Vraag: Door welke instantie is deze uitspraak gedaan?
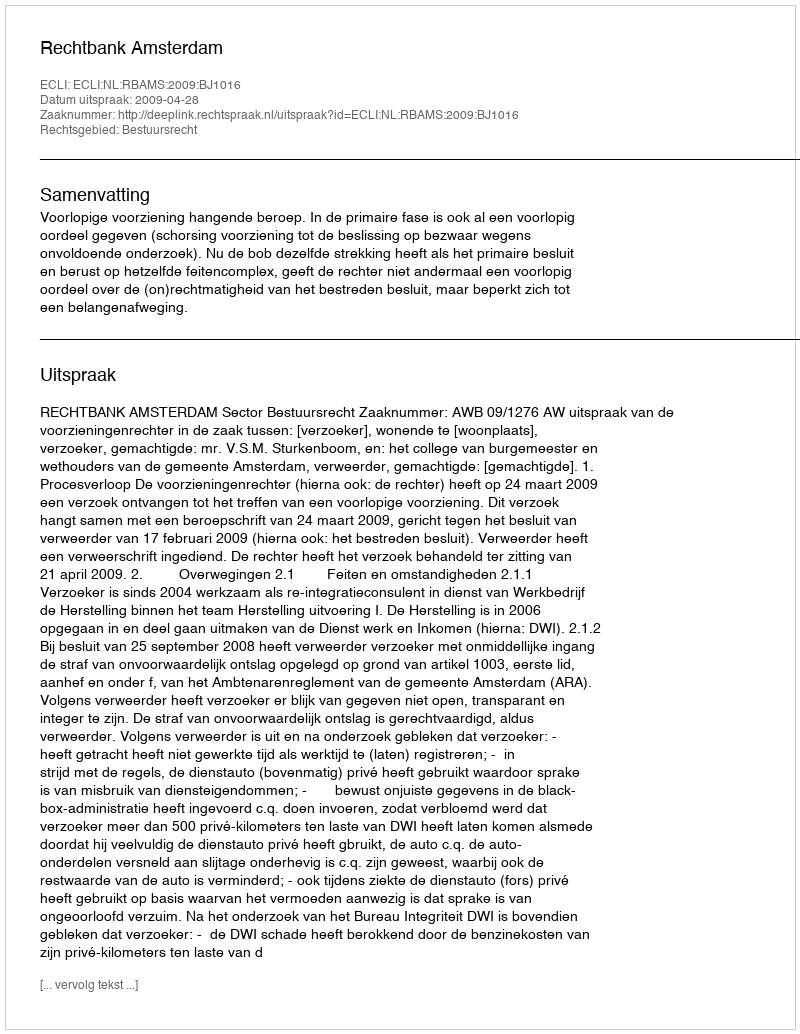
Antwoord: Rechtbank Amsterdam